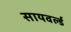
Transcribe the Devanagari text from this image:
सायवर्ल्ड